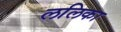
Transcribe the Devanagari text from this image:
ललिका